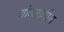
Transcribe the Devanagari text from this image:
गोग्मागोग